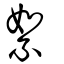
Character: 絮